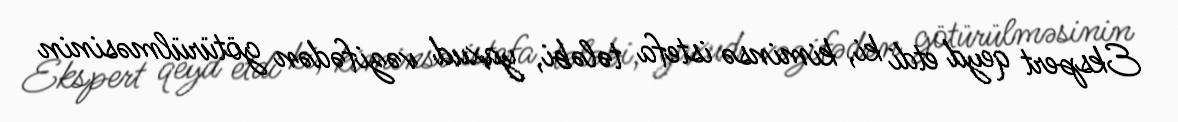
Ekspert qeyd etdi ki, kiminsə istefa tələbi, yaxud vəzifədən götürülməsinin